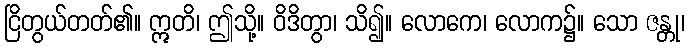
ငြိတွယ်တတ်၏။ ဣတိ၊ ဤသို့။ ဝိဒိတွာ၊ သိ၍။ လောကေ၊ လောက၌။ သော ဇန္တု၊